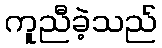
ကူညီခဲ့သည်